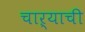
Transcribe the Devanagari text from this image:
चाऱ्याची